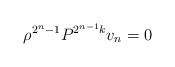
LaTeX: \begin{align*}\rho^{2^n-1} P^{2^{n-1} k} v_n = 0\end{align*}